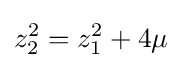
z_{2}^{2}=z_{1}^{2}+4\mu